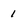
Character: 1